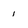
Character: 1